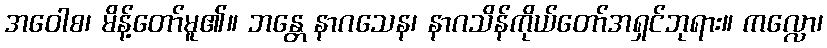
အဝေါစ၊ မိန့်တော်မူ၏။ ဘန္တေ နာဂသေန၊ နာဂသိန်ကိုယ်တော်အရှင်ဘုရား။ ကလ္လော၊